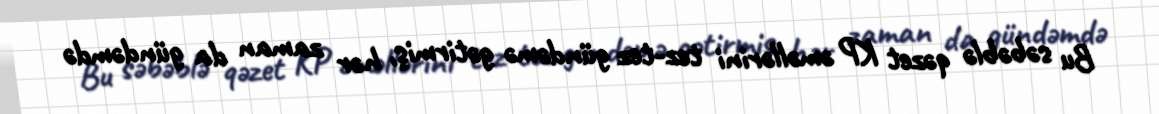
Bu səbəblə qəzet KP əməllərini tez-tez gündəmə gətirmiş, hər zaman da gündəmdə